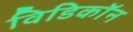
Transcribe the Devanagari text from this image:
विडिकॉन